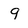
Character: 9